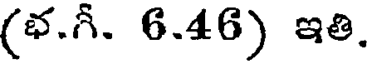
(భ.గీ. 6.46) ఇతి.